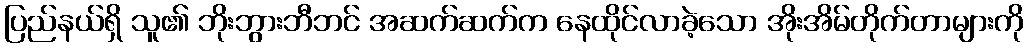
ပြည်နယ်ရှိ သူ၏ ဘိုးဘွားဘီဘင် အဆက်ဆက်က နေထိုင်လာခဲ့သော အိုးအိမ်တိုက်တာများကို